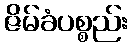
ဇိမ်ခံပစ္စည်း